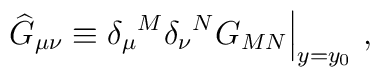
{\widehat G}_{\mu\nu}\equiv{\delta_\mu}^M {\delta_\nu}^N G_{MN} \Big|_{y=y_0}~,